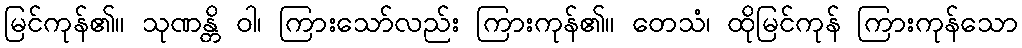
မြင်ကုန်၏။ သုဏန္တိ ဝါ၊ ကြားသော်လည်း ကြားကုန်၏။ တေသံ၊ ထိုမြင်ကုန် ကြားကုန်သော